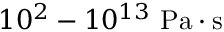
1 0 ^ { 2 } - 1 0 ^ { 1 3 } \ \mathrm { P a \cdot s }